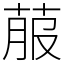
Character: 菔